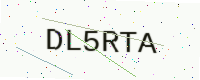
Text: DL5RTA